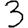
Digit: 3